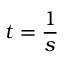
t = { \frac { 1 } { s } }